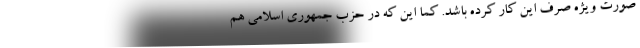
صورت ویژه صرف این کار کرده باشد. کما این که در حزب جمهوری اسلامی هم